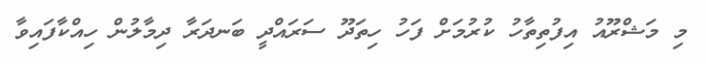
މި މަޝްރޫއު އިފުތިތާހު ކުރުމަށް ފަހު ހިތަދޫ ސަރައްދީ ބަނދަރާ ދިމާލުން ހިއްކާފައިވާ